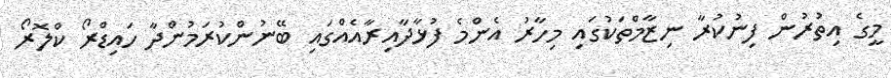
މީގެ އިތުރުން ފިނުކުރާ ނިޒާމްތަކުގައި މިހާރު އެންމެ ފުޅާދާއިރާއެއްގައި ބޭނުންކުރަމުންދާ ހައިޑްރޯ ކްލޮރޯ